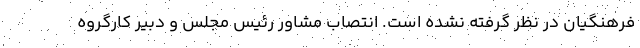
فرهنگیان در نظر گرفته نشده است. انتصاب مشاور رئیس مجلس و دبیر کارگروه